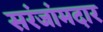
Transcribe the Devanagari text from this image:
सरंजांमदार